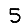
Digit: 5